Vaccination in Burma 1912-1922 - 1912-1922
Year: 1912
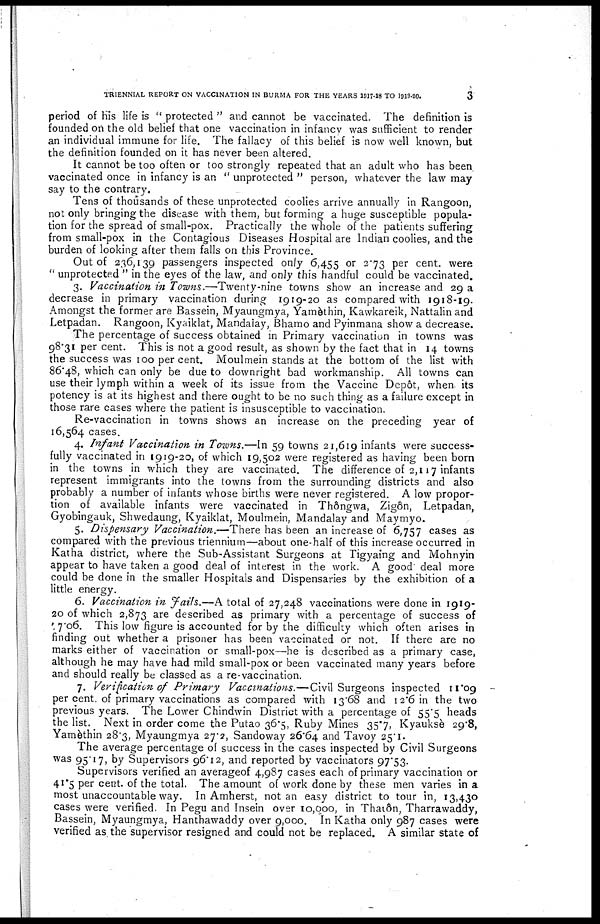
TRIENNIAL REPORT ON VACCINATION IN BURMA FOR THE YEARS 1917-18 TO 1919-20.
3
period of his life is " protected " and cannot be vaccinated. The definition is
founded on the old belief that one vaccination in infancy was sufficient to render
an individual immune for life. The fallacy of this belief is now well known, but
the definition founded on it has never been altered.
It cannot be too often or too strongly repeated that an adult who has been
vaccinated once in infancy is an " unprotected " person, whatever the law may
say to the contrary.
Tens of thousands of these unprotected coolies arrive annually in Rangoon,
not only bringing the disease with them, but forming a huge susceptible popula-
tion for the spread of small-pox. Practically the whole of the patients suffering
from small-pox in the Contagious Diseases Hospital are Indian coolies, and the
burden of looking after them falls on this Province.
Out of 236,139 passengers inspected only 6,455 or 2.73 per cent. were
" unprotected " in the eyes of the law, and only this handful could be vaccinated.
3. Vaccination in Towns.—Twenty-nine towns show an increase and 29 a
decrease in primary vaccination during 1919-20 as compared with 1918-19.
Amongst the former are Bassein, Myaungmya, Yamèthin, Kawkareik, Nattalin and
Letpadan. Rangoon, Kyaiklat, Mandalay, Bhamo and Pyinmana show a decrease.
The percentage of success obtained in Primary vaccination in towns was
98.31 per cent. This is not a good result, as shown by the fact that in 14 towns
the success was 100 per cent. Moulmein stands at the bottom of the list with
86.48, which can only be due to downright bad workmanship. All towns can
use their lymph within a week of its issue from the Vaccine Depôt, when its
potency is at its highest and there ought to be no such thing as a failure except in
those rare cases where the patient is insusceptible to vaccination.
Re-vaccination in towns shows an increase on the preceding year of
16,564 cases.
4. Infant Vaccination in Towns.—In 59 towns 21,619 infants were success-
fully vaccinated in 1919-20, of which 19,502 were registered as having been born
in the towns in which they are vaccinated. The difference of 2,117 infants
represent immigrants into the towns from the surrounding districts and also
probably a number of infants whose births were never registered. A low propor-
tion of available infants were vaccinated in Thôngwa, Zigôn, Letpadan,
Gyobingauk, Shwedaung, Kyaiklat, Moulmein, Mandalay and Maymyo.
5. Dispensary Vaccination.—There has been an increase of 6,757 cases as
compared with the previous triennium—about one half of this increase occurred in
Katha district, where the Sub-Assistant Surgeons at Tigyaing and Mohnyin
appear to have taken a good deal of interest in the work. A good deal more
could be done in the smaller Hospitals and Dispensaries by the exhibition of a
little energy.
6. Vaccination in Fails.—A total of 27,248 vaccinations were done in 1919-
20 of which 2,873 are described as primary with a percentage of success of
57.06. This low figure is accounted for by the difficulty which often arises in
finding out whether a prisoner has been vaccinated or not. If there are no
marks either of vaccination or small-pox—he is described as a primary case,
although he may have had mild small-pox or been vaccinated many years before
and should really be classed as a re-vaccination.
7. Verification of Primary Vaccinations.—Civil Surgeons inspected 11.09
per cent. of primary vaccinations as compared with 13.68 and 12.6 in the two
previous years. The Lower Chindwin District with a percentage of 55.5 heads
the list. Next in order come the Putao 36.5, Ruby Mines 35.7, Kyauksè 29.8,
Yamèthin 28.3, Myaungmya 27.2, Sandoway 26.64 and Tavoy 25.1.
The average percentage of success in the cases inspected by Civil Surgeons
was 95.17, by Supervisors 96.12, and reported by vaccinators 97.53.
Supervisors verified an averageof 4,987 cases each of primary vaccination or
41.5 per cent. of the total. The amount of work done by these men varies in a
most unaccountable way. In Amherst, not an easy district to tour in, 13,430
cases were verified. In Pegu and Insein over 10,000, in Thatôn, Tharrawaddy,
Bassein, Myaungmya, Hanthawaddy over 9,000. In Katha only 987 cases were
verified as the supervisor resigned and could not be replaced. A similar state of